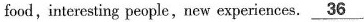
food,interesting people,new experiences.\underline{36}